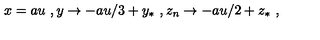
x = a u \ , y \rightarrow - a u / 3 + y _ { * } \ , z _ { n } \rightarrow - a u / 2 + z _ { * } \ ,